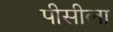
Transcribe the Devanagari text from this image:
पीसीला